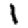
Digit: 1